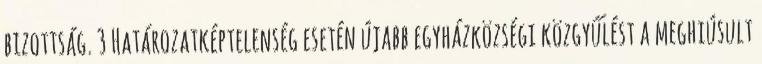
bizottság. 3 Határozatképtelenség esetén újabb egyházközségi közgyűlést a meghiúsult